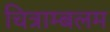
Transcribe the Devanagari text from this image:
चित्राम्बलम